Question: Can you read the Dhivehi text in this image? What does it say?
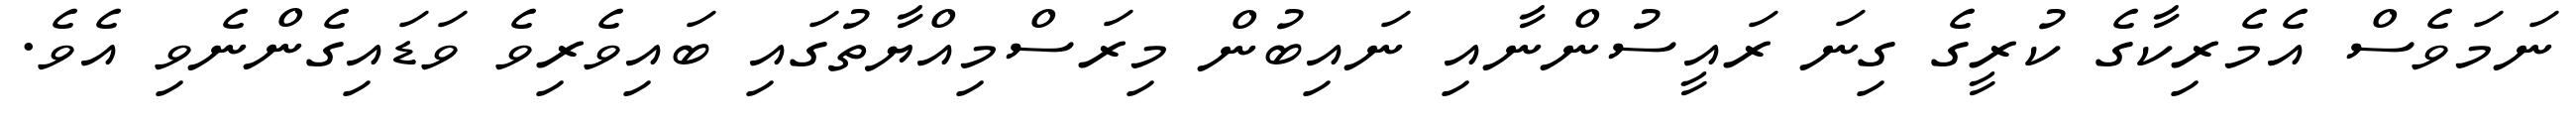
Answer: ނަމަވެސް އެމެރިކާގެ ކުރީގެ ގިނަ ރައީސުންނާއި ނައިބުން މިރަސްމިއްޔާތުގައި ބައިވެރިވެ ވަޑައިގެންނެވި އެވެ.